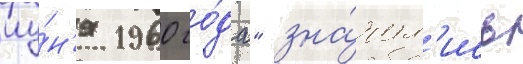
иу́н'я 1960 го́да" зна́чил'ись